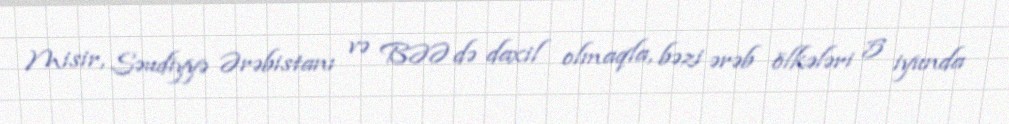
Misir, Səudiyyə Ərəbistanı və BƏƏ də daxil olmaqla, bəzi ərəb ölkələri 5 iyunda